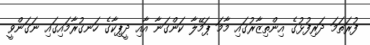
ފުރަތަމަ ދަރިފުޅުގެ އިންތިޒާރުގައި މާމަ ޕަމޭލާ ކަންގަނާ އާއި ދީޕިކާގެ ހަނގުރާމައިގައި ނަގަންވީ